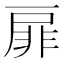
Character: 扉